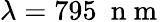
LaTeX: \lambda=795~\mathrm{~n~m~}